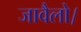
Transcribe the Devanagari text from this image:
जावैलो।